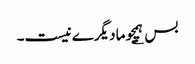
بس ؂ ہمچو ما دیگرے نیست۔